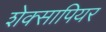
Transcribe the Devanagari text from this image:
शेक्सापियर